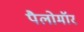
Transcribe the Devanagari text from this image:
पैलोमॉर